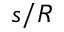
s / R